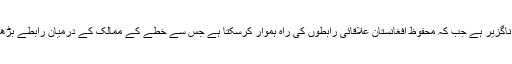
انہوں نے کہا کہ افغانستان میں پائیدار امن کے لیے مفاہمتی عمل ناگزیر ہے جب کہ محفوظ افغانستان علاقائی رابطوں کی راہ ہموار کرسکتا ہے جس سے خطے کے ممالک کے درمیان رابطے بڑھیں گے اور ہم تمام مشکلات کے باوجود امن کے لیے کوشاں ہیں۔